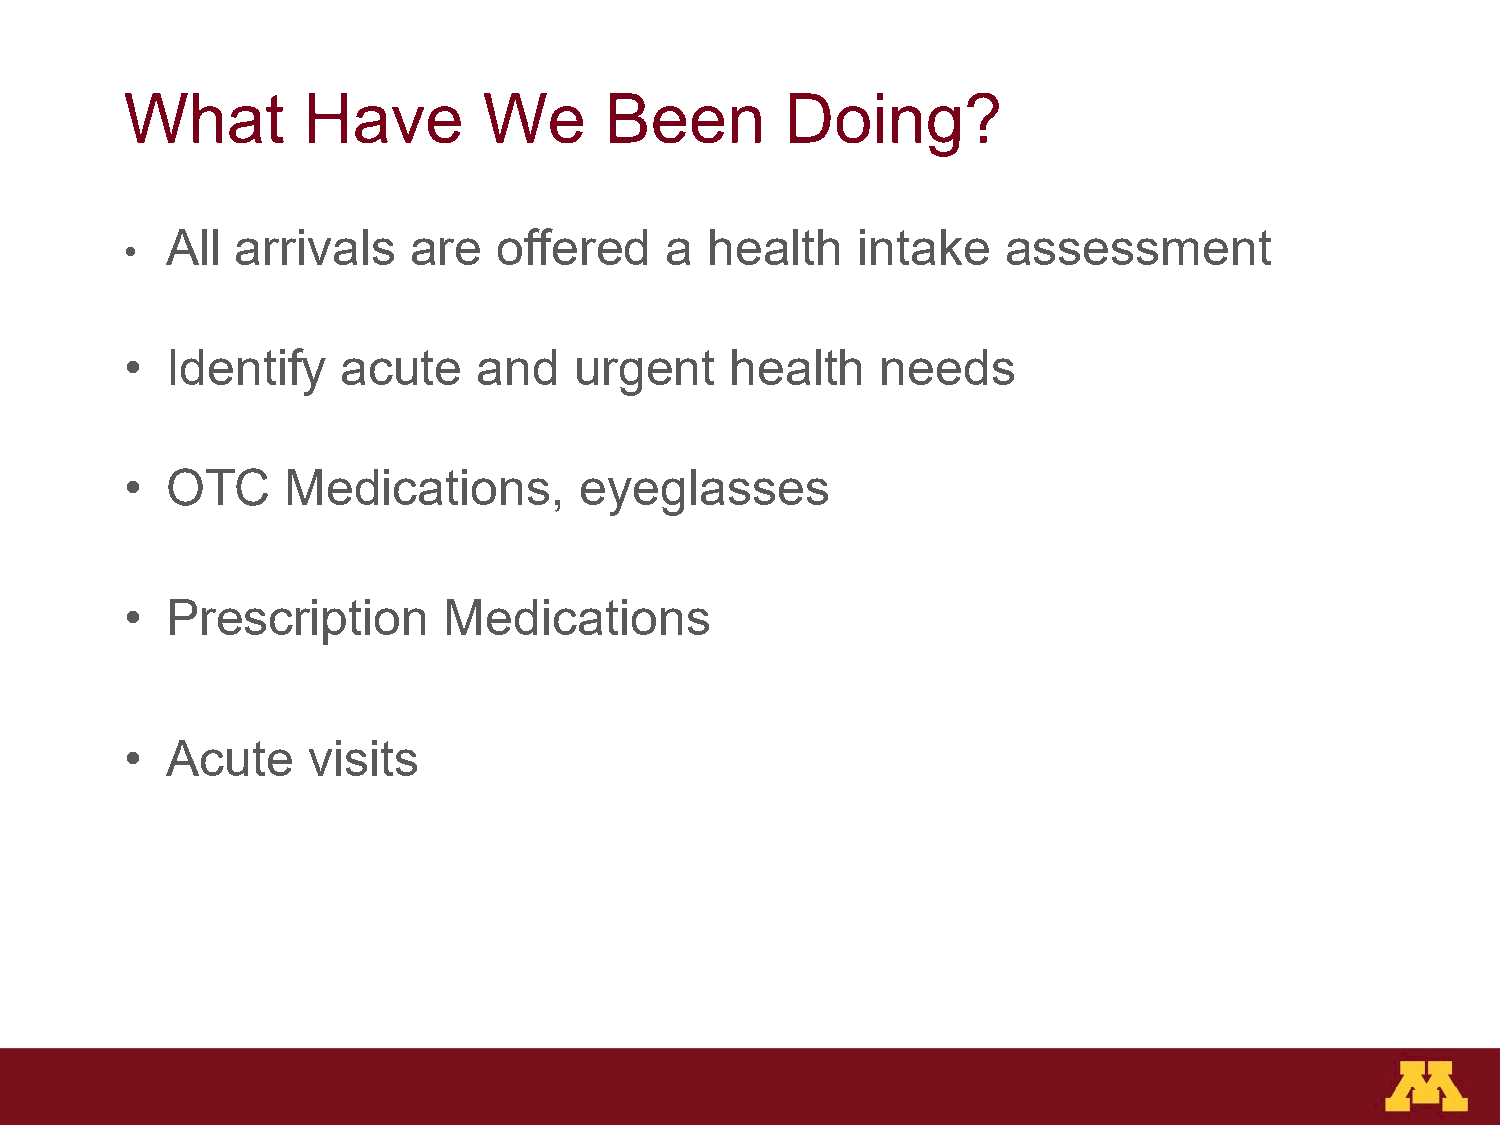
What        Have        We      Been        Doing?
 All  arrivals   are   offered    a  health    intake    assessment
 •
 •  Identify    acute    and   urgent    health    needs
 •  OTC     Medications,       eyeglasses
 •  Prescription      Medications
 •  Acute    visits